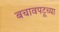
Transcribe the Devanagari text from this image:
बचावपटूच्या